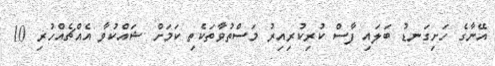
އޭނާގެ ހަށިގަނޑު ބަލައި ފާސް ކުރިކުރިއިރު މަސްތުވާތަކެތި ކަމަށް ޝައްކުވާ އެއްޗެއްހުރި 10